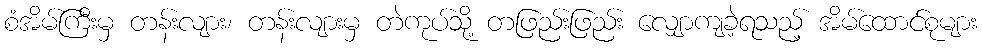
စံအိမ်ကြီးမှ တန်းလျား၊ တန်းလျားမှ တဲကုပ်သို့ တဖြည်းဖြည်း လျှောကျခဲ့ရသည့် အိမ်ထောင်စုများ